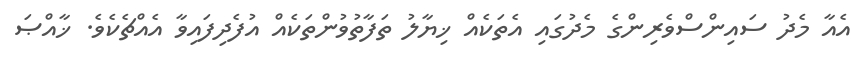
އެއާ މެދު ސައިންސްވެރިންގެ މެދުގައި އެތަކެއް ޚިޔާލު ތަފާތުވުންތަކެއް އުފެދިފައިވާ އެއްޗެކެވެ. ޚާއްޞަ